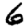
Digit: 6